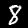
Digit: 8